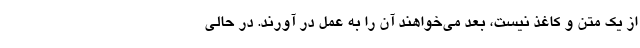
از یک متن و کاغذ نیست، بعد می‌خواهند آن را به عمل در آورند. در حالی